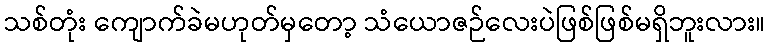
သစ်တုံး ကျောက်ခဲမဟုတ်မှတော့ သံယောဇဉ်လေးပဲဖြစ်ဖြစ်မရှိဘူးလား။